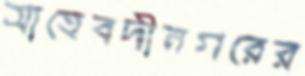
সাহেবদীনগরের